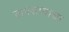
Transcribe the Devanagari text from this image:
लपंडावाचा